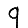
Digit: 9